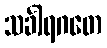
သင်္ခါရဂတေ